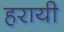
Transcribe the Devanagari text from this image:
हरायी